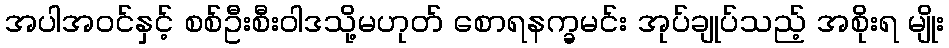
အပါအဝင်နှင့် စစ်ဦးစီးဝါဒသို့မဟုတ် စောရနက္ခမင်း အုပ်ချုပ်သည့် အစိုးရ မျိုး